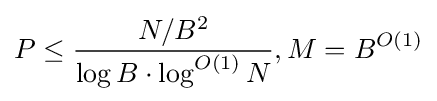
P\leq {\frac {N/B^{2}}{\log B\cdot \log ^{O(1)}N}},M=B^{O(1)}